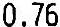
0.76